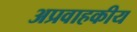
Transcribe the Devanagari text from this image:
अप्रवाहकीय